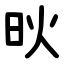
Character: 炚